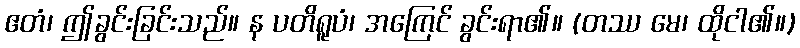
ဧတံ၊ ဤခွင်းခြင်းသည်။ န ပတိရူပံ၊ အကြေင် ခွင်းရာ၏။ (တဿ မေ၊ ထိုငါ၏။)